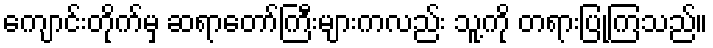
ကျောင်းတိုက်မှ ဆရာတော်ကြီးများကလည်း သူ့ကို တရားပြုကြသည်။